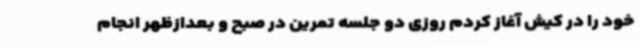
خود را در کیش آغاز کردم روزی دو جلسه تمرین در صبح و بعدازظهر انجام